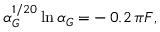
\alpha _ { G } ^ { 1 / 2 0 } \ln { \alpha _ { G } } = - \, 0 . 2 \, \pi F ,